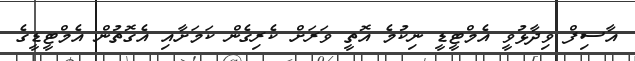
އާސިފް ވިދާޅުވީ އެމްޓީޑީ ނިކުމެ އޮތީ ވަރަށް ކެރިގެން ކަމަށާއި އެގޮތުން އެމްޓީޑީގެ